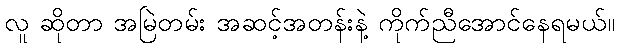
လူ ဆိုတာ အမြဲတမ်း အဆင့်အတန်းနဲ့ ကိုက်ညီအောင်နေရမယ်။